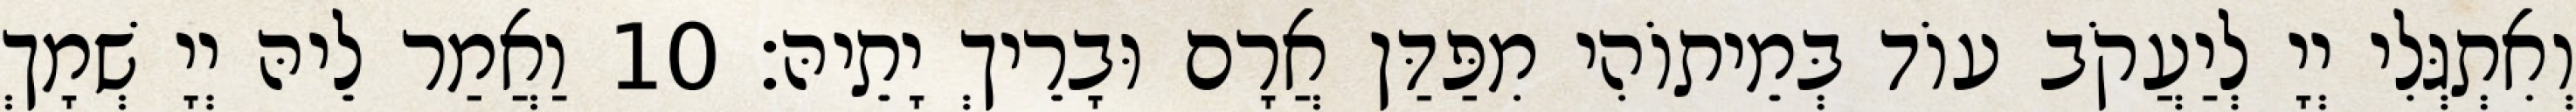
וְאִתְגְּלִי יְיָ לְיַעֲקֹב עוֹד בְּמֵיתוֹהִי מִפַּדַּן אֲרָם וּבָרֵיךְ יָתֵיהּ׃ 10 וַאֲמַר לֵיהּ יְיָ שְׁמָךְ